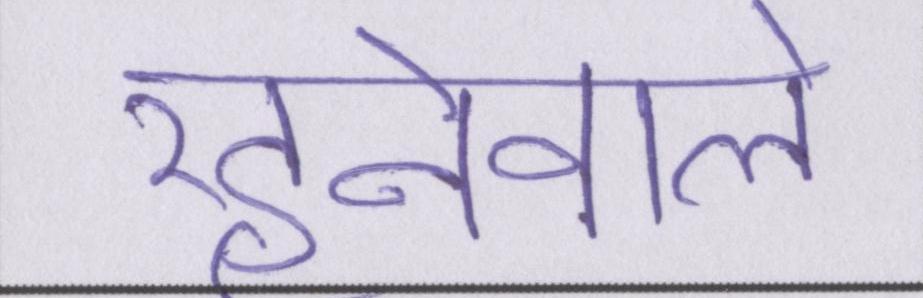
रहनेवाले